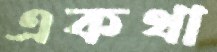
একথা